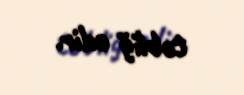
təbliğ edir.